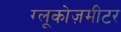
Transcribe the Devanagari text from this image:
ग्लूकोज़मीटर